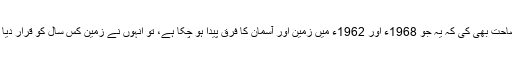
پھر سورن سنگھ نے یہ وضاحت بھی کی کہ یہ جو 1968ء اور 1962ء میں زمین اور آسمان کا فرق پیدا ہو چکا ہے، تو انہوں نے زمین کس سال کو قرار دیا ہے اور آسمان کس سال کو۔